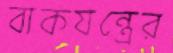
বাকযন্ত্রের